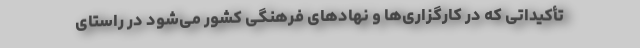
تأکیداتی که در کارگزاری‌ها و نهادهای فرهنگی کشور می‌شود در راستای